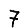
Digit: 7